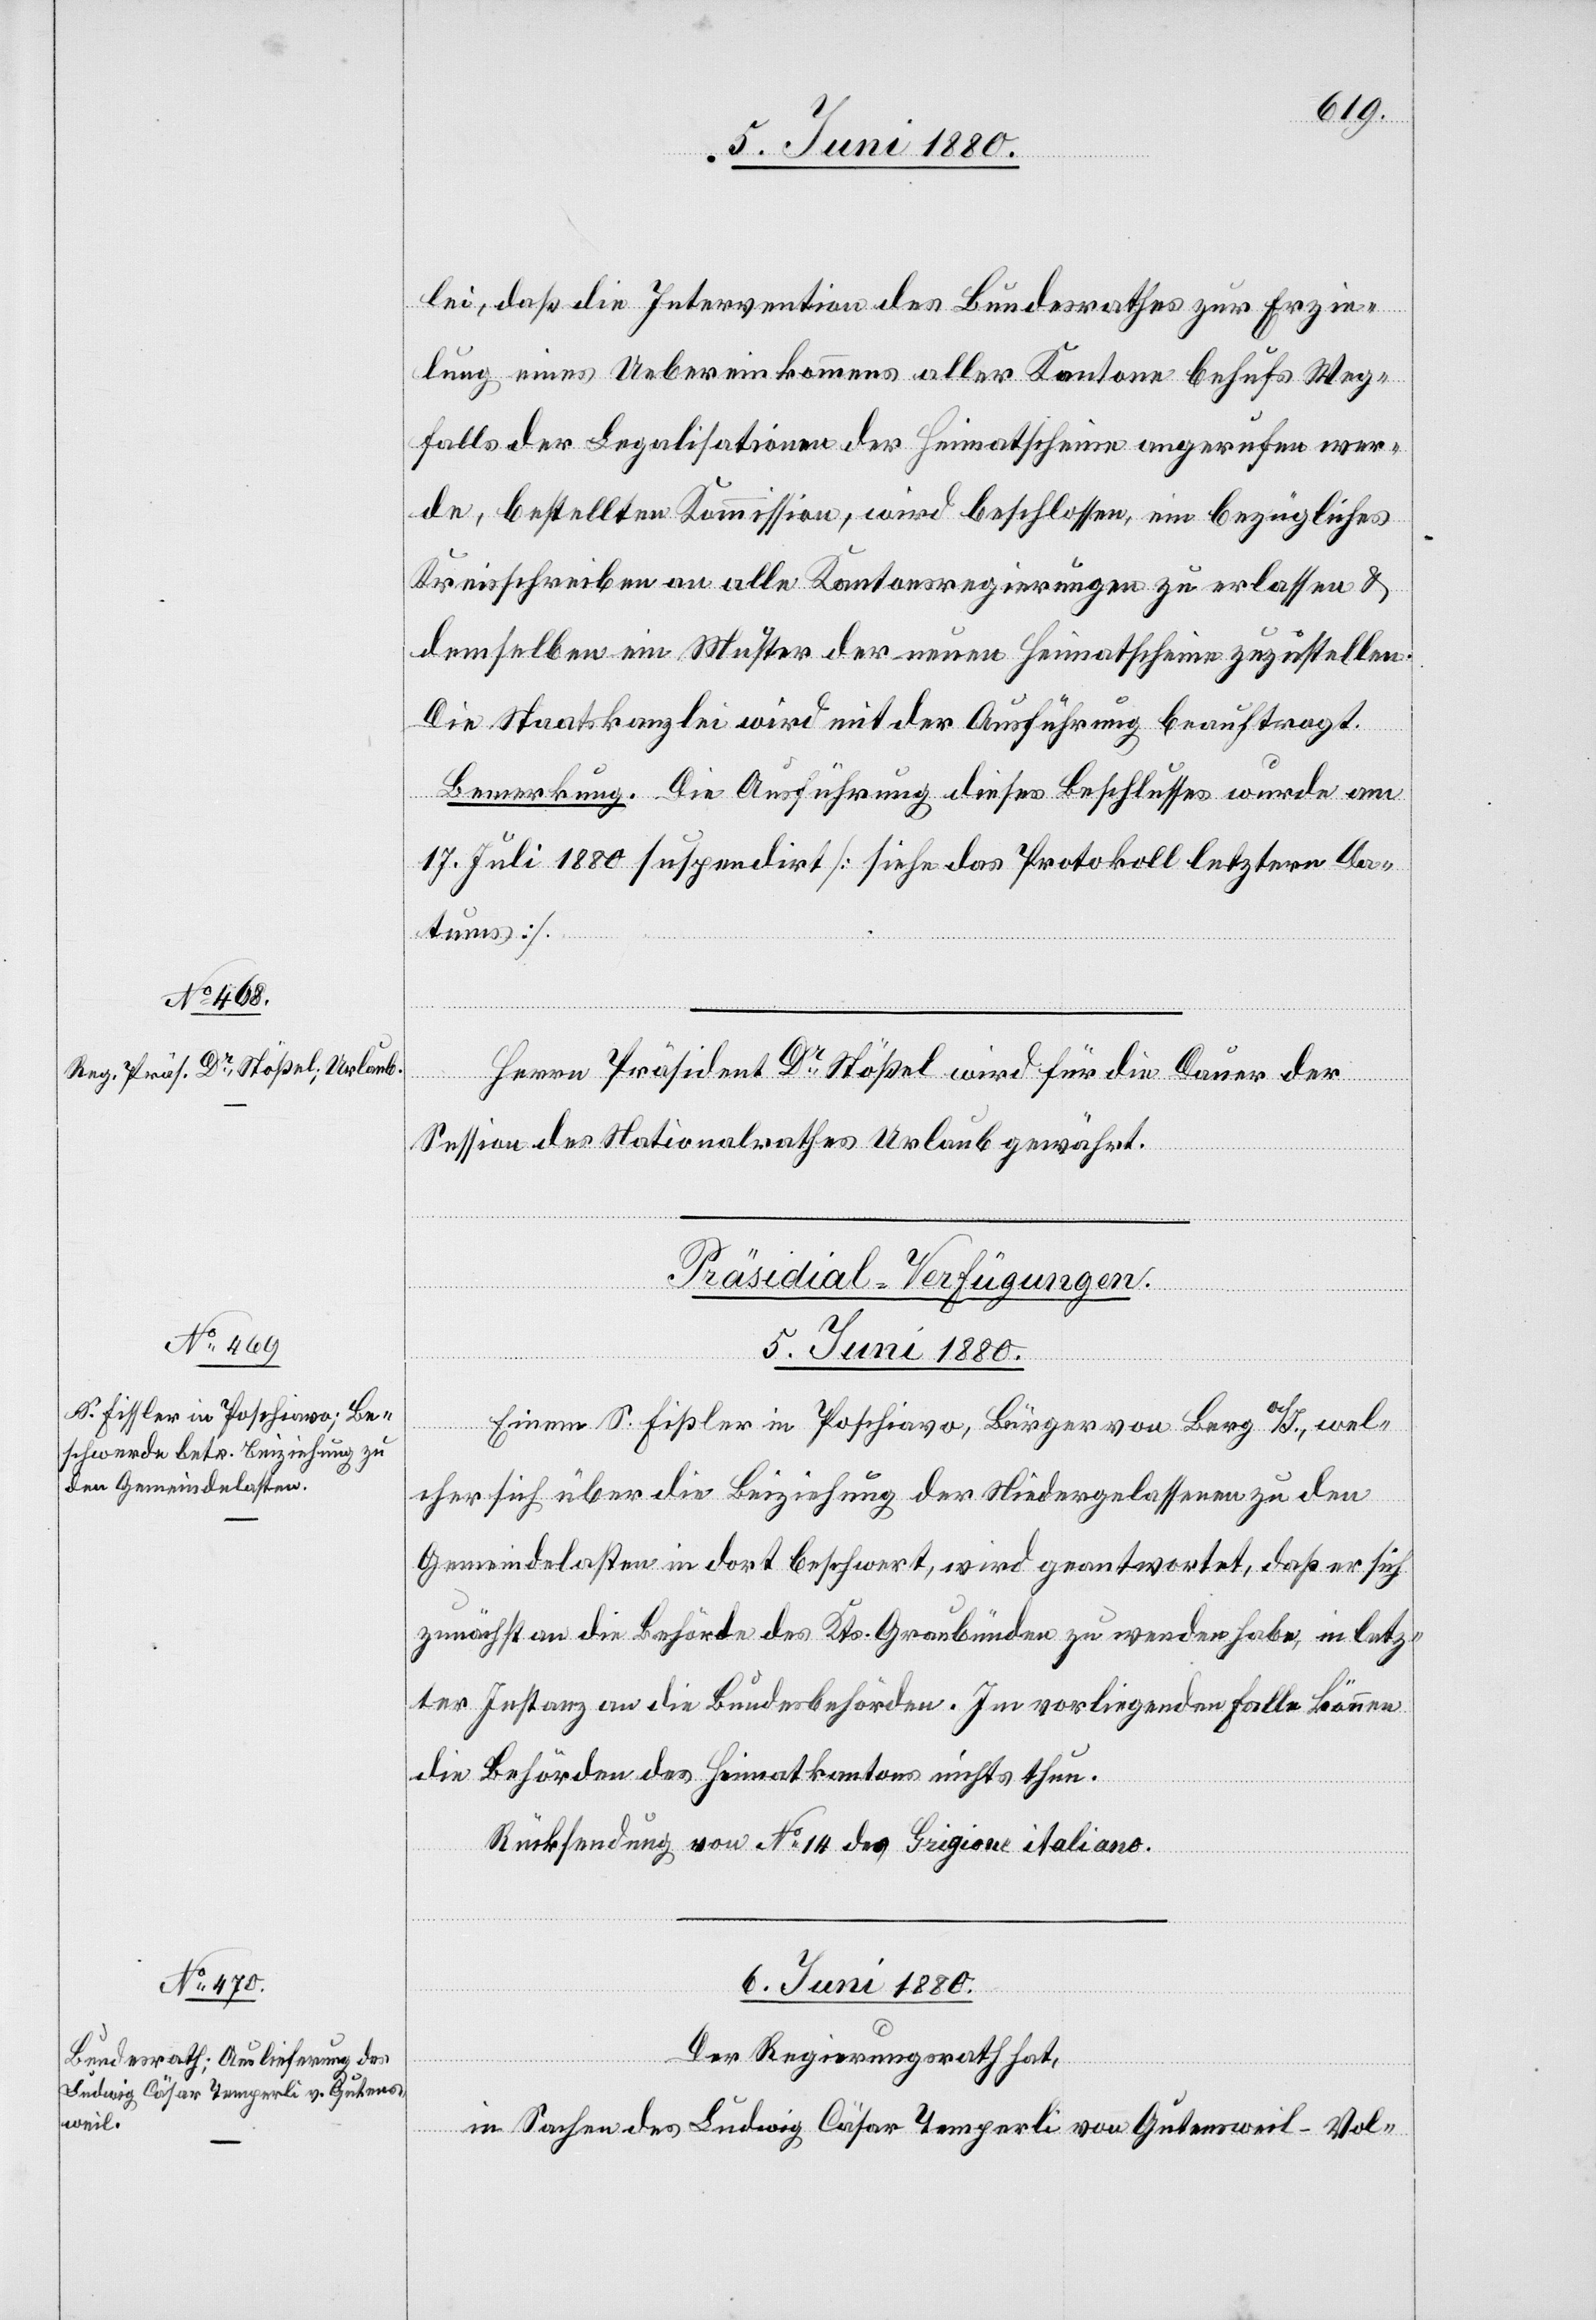
lei, daß die Intervention des Bundesrathes zur Erzie¬
lung eines Uebereinkommens aller Kantone behufs Weg¬
falls der Legalisation der Heimatscheine angerufen wer¬
de, bestellten Kommission, wird beschlossen, ein bezügliches
Kreisschreiben an alle Kantonsregierungen zu erlassen &
demselben ein Muster der neuen Heimatscheine zuzustellen.
Die Staatskanzlei wird mit der Ausführung beauftragt.
Bemerkung. Die Ausführung dieses Beschlusses wurde am
17. Juli 1880 suspendirt [siehe das Protokoll letztern Da¬
tums].
Herrn Präsident Dr Stößel wird für die Dauer der
Session des Nationalrathes Urlaub gewährt.
[Präsidial-Verfügungen.]
6. Juni 1880.
Einem S. Fißler in Poschiavo, Bürger von Berg a/S., wel¬
cher sich über die Beiziehung der Niedergelassenen zu den
Gemeindelasten in dort beschwert, wird geantwortet, daß er sich
zunächst an die Behörde des Kts. Graubünden zu wenden habe, in letz¬
ter Instanz an die Bundesbehörden. Im vorliegenden Falle können
die Behörden des Heimatkantons nichts thun.
Rücksendung von No 14 des Grigione italiano.
Der Regierungsrath hat,
in Sachen des Ludwig Cäsar Temperli von Gutensweil - Vol-